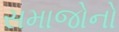
સમાજોનો